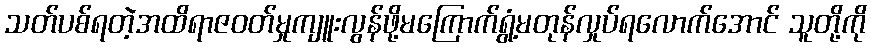
သတ်ပစ်ရတဲ့အထိရာဇဝတ်မှုကျူးလွန်ဖို့မကြောက်ရွံ့မတုန်လှုပ်ရလောက်အောင် သူတို့ကို